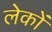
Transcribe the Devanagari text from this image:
लेकों